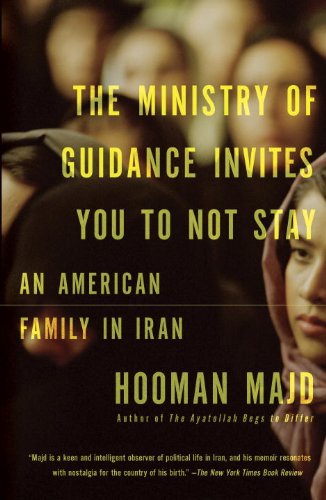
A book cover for The Ministry of Guidance Invites You to Not Stay: An American Family in Iran; Hooman Majd; Travel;